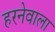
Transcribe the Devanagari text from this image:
हरनेवाला